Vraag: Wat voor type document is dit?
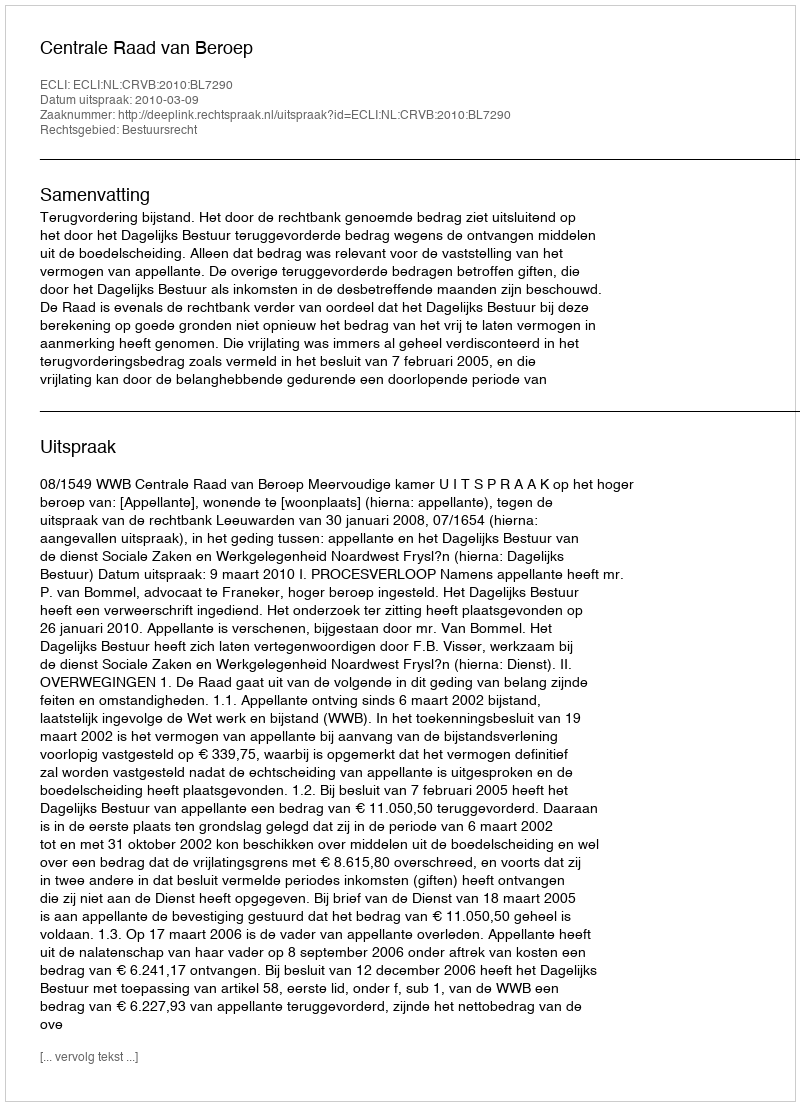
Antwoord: Uitspraak